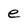
Character: e